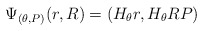
\begin{align*} \Psi_{(\theta,P)}(r,R) = (H_\theta r ,H_\theta RP) \end{align*}